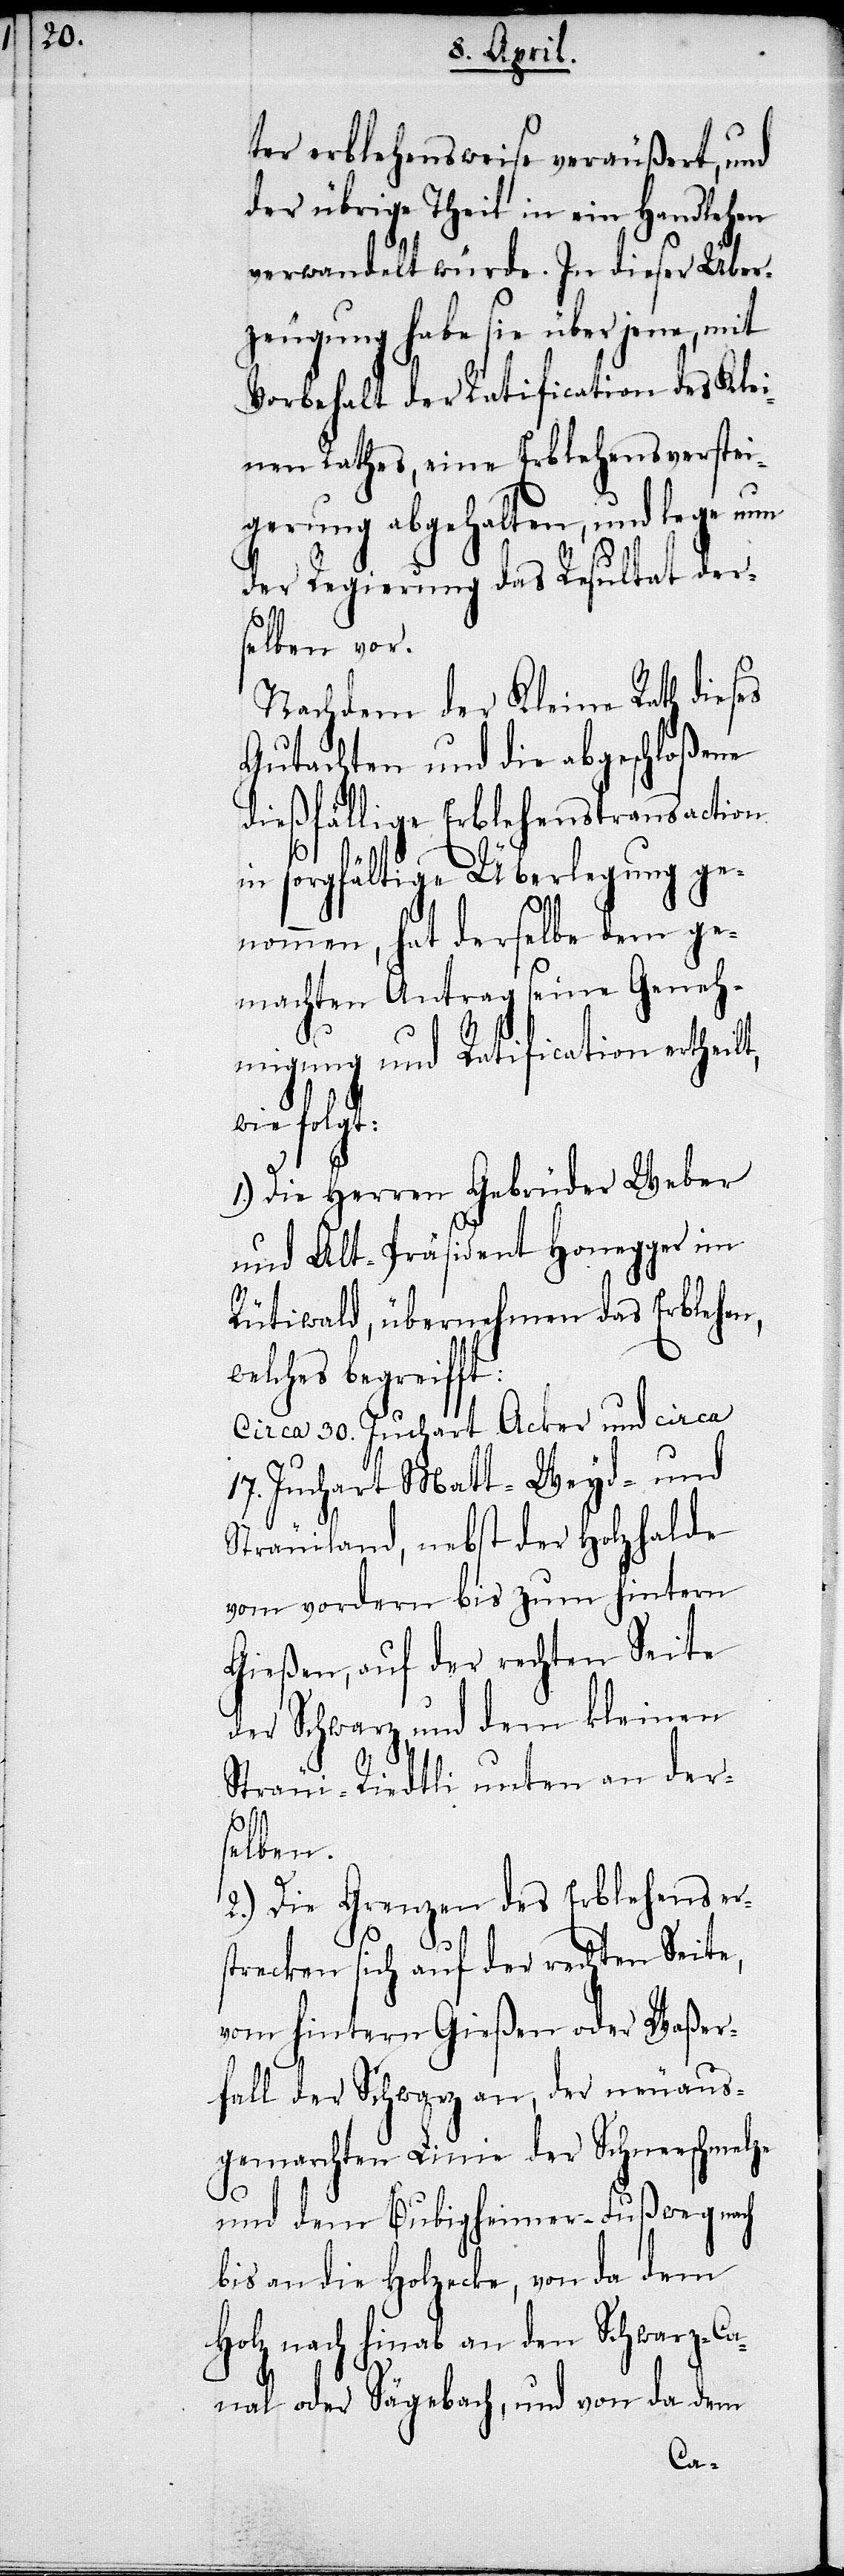
ter erblehensweise veräußert, und
der übrige Theil in ein Handlehen
verwandelt würde. In dieser Über¬
zeugung habe sie über jene, mit
Vorbehalt der Ratification des Klei¬
nen Rathes, eine Erblehensverstei¬
gerung abgehalten, und lege nun
der Regierung das Resultat der¬
selben vor.
Nachdem der Kleine Rath dieses
Gutachten und die abgeschloßene
dießfällige Erblehenstransaction
in sorgfältige Überlegung ge¬
nommen, hat derselbe dem ge¬
machten Antrag seine Geneh¬
migung und Ratification ertheil¬
wie folgt:
1.) Die Herren Gebrüder Weber
und Alt-Präsident Honegger im
Rütiwald, übernehmen das Erblehen,
lches begreifft:
Circa 30. Juchart Acker und circa
17. Juchart Matt- Weyd- und
we¬
Sträuiland, nebst der Holzhalde
vom vordern bis zum hintern
Gießen, auf der rechten Seite
der Schwarz und dem kleinen
Sträui-Riedtli unten an der¬
t,
selben.
2.) Die Grenzen des Erblehens er¬
strecken sich auf der rechten Seite,
vom hintern Gießen oder Waßer¬
fall der Schwarz an, der neuaus¬
gemarchten Linie der Schneeschmelze
und dem Bubigheimer-Fußweg nach
bis an die Holzecke, von da dem
Holz nach hinab an den Schwarz-Ca¬
nal oder Sägebach, und von da dem